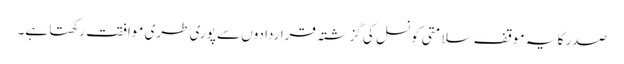
صدر کا یہ موقف سلامتی کونسل کی گزشتہ قراردادوں سے پوری طری موافقت رکھتا ہے۔